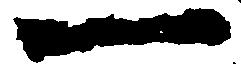
一